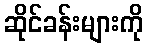
ဆိုင်ခန်းများကို